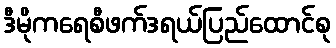
ဒီမိုကရေစီဖက်ဒရယ်ပြည်ထောင်စု